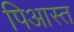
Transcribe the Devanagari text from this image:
पिआस्त